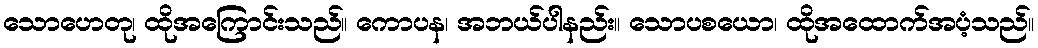
သောဟေတု၊ ထိုအကြောင်းသည်။ ကောပန၊ အဘယ်ပါနည်း။ သောပစယော၊ ထိုအထောက်အပံ့သည်။